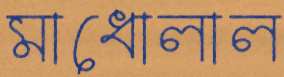
মাধোলাল